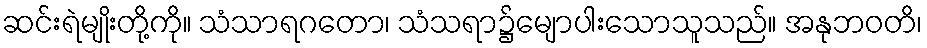
ဆင်းရဲမျိုးတို့ကို။ သံသာရဂတော၊ သံသရာ၌မျောပါးသောသူသည်။ အနုဘဝတိ၊